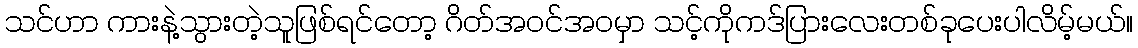
သင်ဟာ ကားနဲ့သွားတဲ့သူဖြစ်ရင်တော့ ဂိတ်အဝင်အဝမှာ သင့်ကိုကဒ်ပြားလေးတစ်ခုပေးပါလိမ့်မယ်။